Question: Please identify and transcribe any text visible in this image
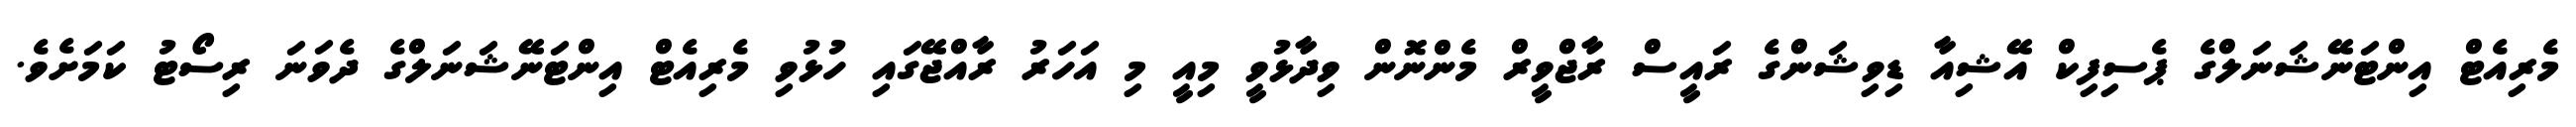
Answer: މެރިއެޓް އިންޓަނޭޝަނަލްގެ ޕެސިފިކް އޭޝިއާ ޑިވިޝަންގެ ރައީސް ރާޖްވީރް މެންނޮން ވިދާޅުވީ މިއީ މި އަހަރު ރާއްޖޭގައި ހުޅުވި މެރިއެޓް އިންޓަނޭޝަނަލްގެ ދެވަނަ ރިސޯޓު ކަމަށެވެ.